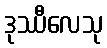
ဒုဿီလေသု